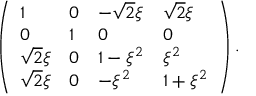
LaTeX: \left( \begin{array} { l l l l } { { 1 } } & { { 0 } } & { { - \sqrt { 2 } \xi } } & { { \sqrt { 2 } \xi } } \\ { { 0 } } & { { 1 } } & { { 0 } } & { { 0 } } \\ { { \sqrt { 2 } \xi } } & { { 0 } } & { { 1 - \xi ^ { 2 } } } & { { \xi ^ { 2 } } } \\ { { \sqrt { 2 } \xi } } & { { 0 } } & { { - \xi ^ { 2 } } } & { { 1 + \xi ^ { 2 } } } \end{array} \right) .